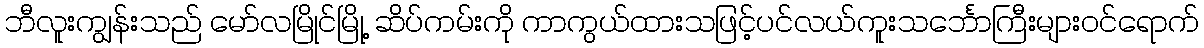
ဘီလူးကျွန်းသည် မော်လမြိုင်မြို့ ဆိပ်ကမ်းကို ကာကွယ်ထားသဖြင့်ပင်လယ်ကူးသင်္ဘောကြီးများဝင်ရောက်